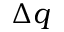
\Delta q